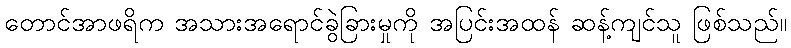
တောင်အာဖရိက အသားအရောင်ခွဲခြားမှုကို အပြင်းအထန် ဆန့်ကျင်သူ ဖြစ်သည်။